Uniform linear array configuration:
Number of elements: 8
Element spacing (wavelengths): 0.5
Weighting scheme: uniform
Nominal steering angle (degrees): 15
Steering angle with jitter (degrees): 15.528
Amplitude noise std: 0.05
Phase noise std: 0.05

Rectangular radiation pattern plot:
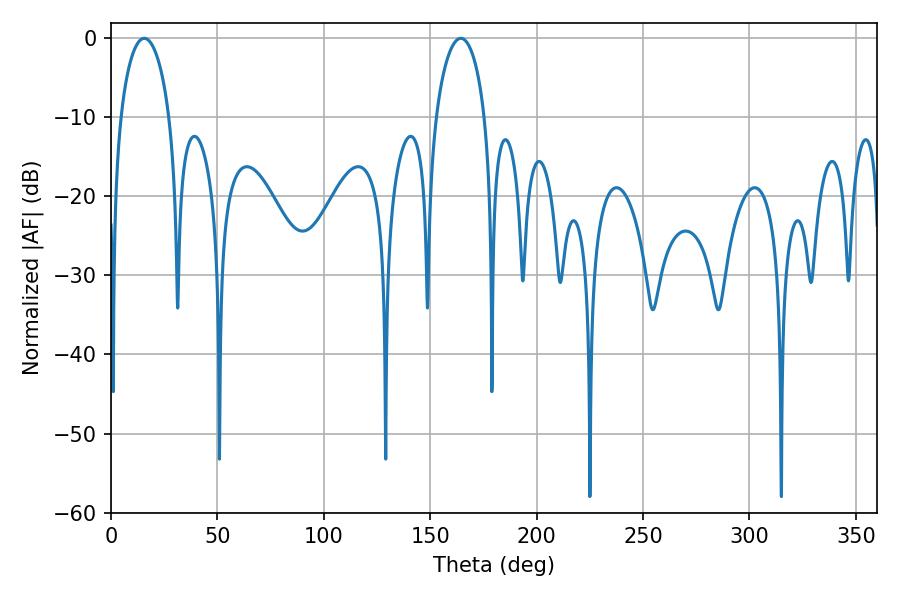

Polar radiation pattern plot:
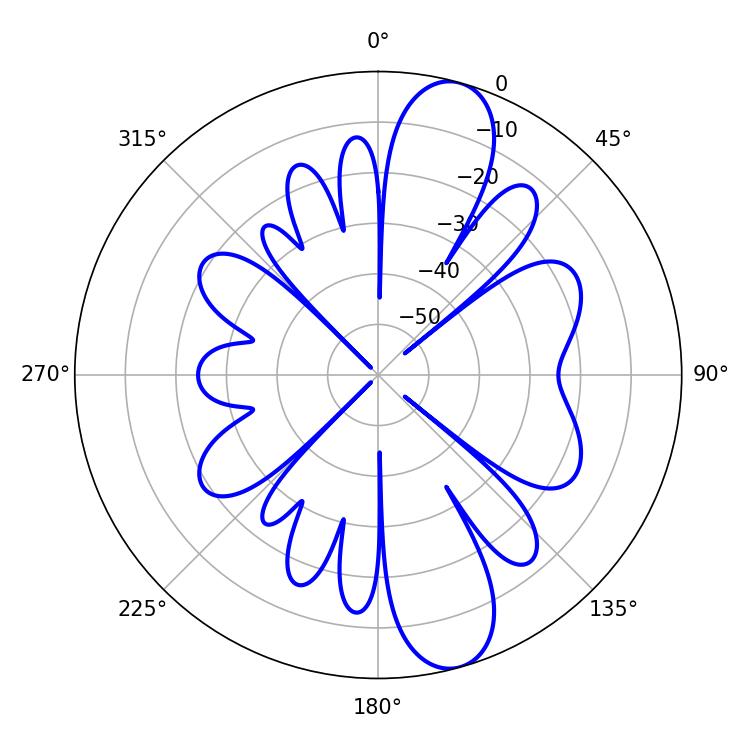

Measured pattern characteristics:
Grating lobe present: FALSE
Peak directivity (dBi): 11.399
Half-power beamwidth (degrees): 13.14
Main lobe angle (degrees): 15.66